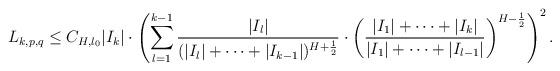
LaTeX: \begin{align*}L_{k,p,q}\leq C_{H,l_{0}}|I_{k}|\cdot\left(\sum_{l=1}^{k-1}\frac{|I_{l}|}{(|I_{l}|+\cdots+|I_{k-1}|)^{H+\frac{1}{2}}}\cdot\left(\frac{|I_{1}|+\cdots+|I_{k}|}{|I_{1}|+\cdots+|I_{l-1}|}\right)^{H-\frac{1}{2}}\right)^{2}.\end{align*}